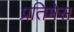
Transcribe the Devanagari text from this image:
प्रतिमेस